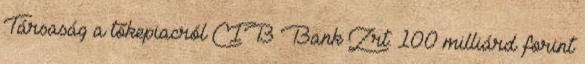
Társaság a tőkepiacról CIB Bank Zrt. 100 milliárd forint